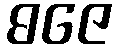
ဓဇေ